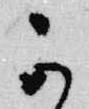
可